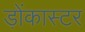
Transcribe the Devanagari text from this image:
ड़ोंकास्टर